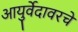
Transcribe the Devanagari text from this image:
आयुर्वेदावरचे